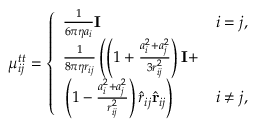
\begin{array} { r } { \mu _ { i j } ^ { t t } = \left\{ \begin{array} { l l } { \frac { 1 } { 6 \pi \eta a _ { i } } \mathbf { I } } & { i = j , } \\ { \frac { 1 } { 8 \pi \eta r _ { i j } } \left( \left( 1 + \frac { a _ { i } ^ { 2 } + a _ { j } ^ { 2 } } { 3 r _ { i j } ^ { 2 } } \right) \mathbf { I } + \right. } \\ { \left. \left( 1 - \frac { a _ { i } ^ { 2 } + a _ { j } ^ { 2 } } { r _ { i j } ^ { 2 } } \right) \hat { \boldsymbol { r } } _ { i j } \hat { \mathbf { r } } _ { i j } \right) } & { i \neq j , } \end{array} \right. } \end{array}